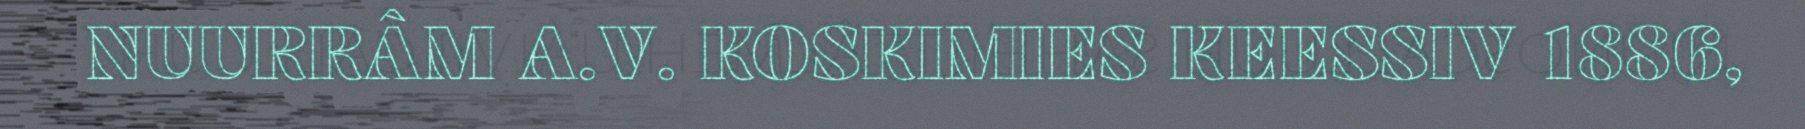
NUURRÂM A.V. KOSKIMIES KEESSIV 1886,